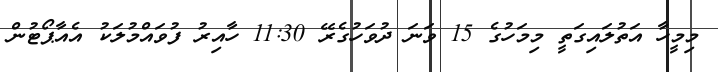
މިމީހާ އަތުލައިގަތީ މިމަހުގެ 15 ވަނަ ދުވަހުގެރޭ 11:30 ހާއިރު ފުވައްމުލަކު އެއާޕޯޓުން